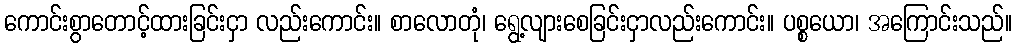
ကောင်းစွာတောင့်ထားခြင်းငှာ လည်းကောင်း။ စာလောတုံ၊ ရွေ့လျားစေခြင်းငှာလည်းကောင်း။ ပစ္စယော၊ အကြောင်းသည်။